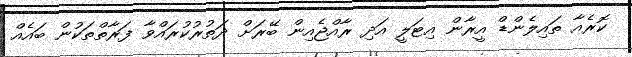
ކޮރެއާ ތައިލެންޑް އީރާން އިޓަލީ އަދި ރާއްޖެއިން ބޭރަށް ދަތުރުކުރައްވާ ފަރާތްތަކުން ބައެއް